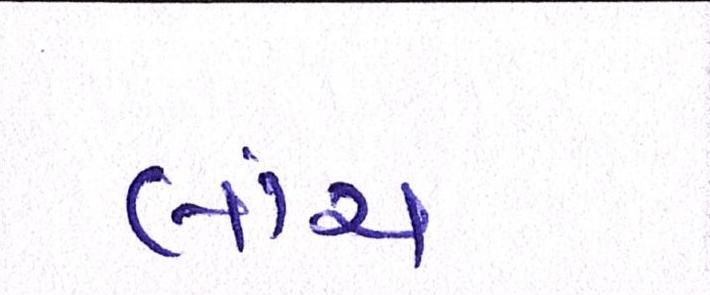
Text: લાંચ